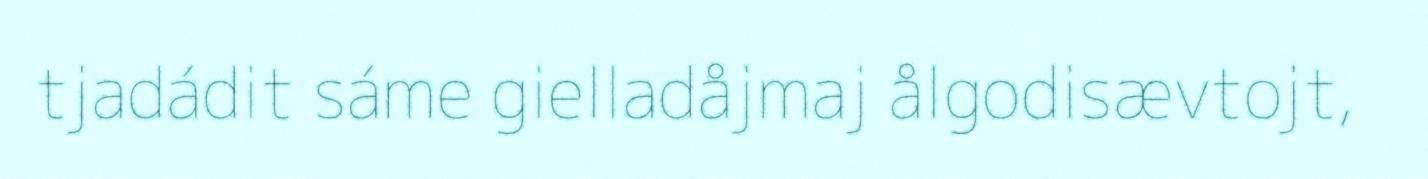
tjadádit sáme gielladåjmaj ålgodisævtojt,